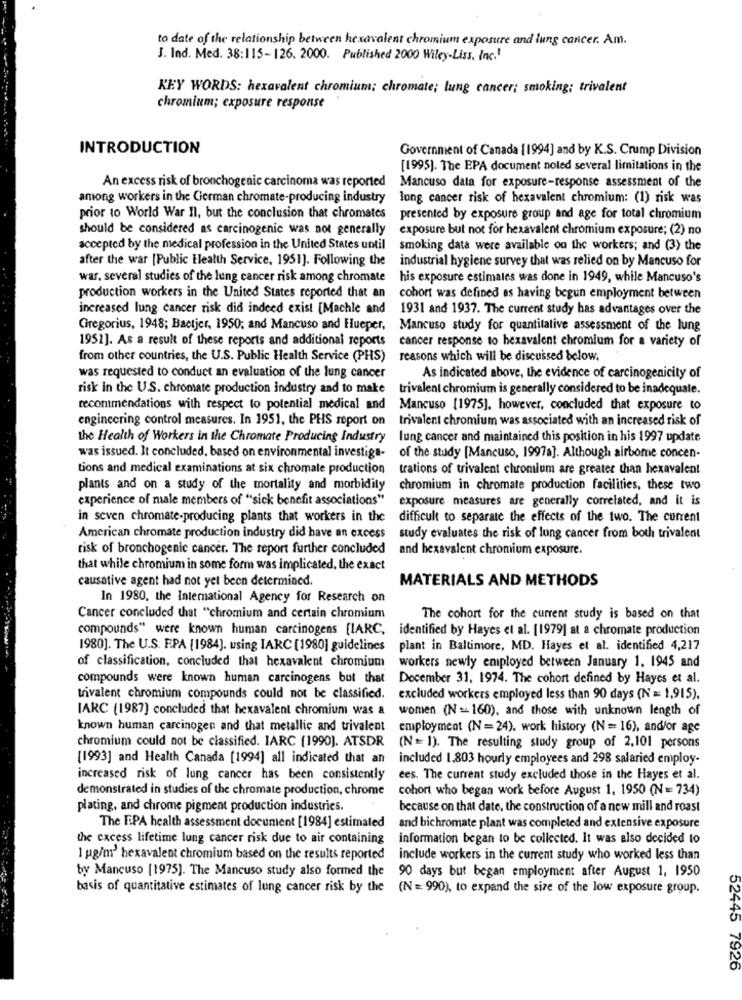
to date of the relationship between hexavalent chromium exposure and lung cancer. Am.
J. Ind. Med. 38:115-126. 2000. Published 2000 Wiley-Liss, Inc.'
KEY WORDS: hexavalent chromium; chromate; lung cancer; smoking; trivalent
chromium; exposure response
INTRODUCTION
Government of Canada (1994] and by K.S. Crump Division
[1995). The EPA document noled several limitations in the
An excess risk of bronchogenic carcinoma was reported
Mancuso data for exposure-response assessment of the
among workers in the German chromate-producing industry
lung cancer risk of hexavalent chromium: (1) risk was
prior to World War II, but the conclusion that chromates
presented by exposure group and age for total chromium
should be considered as carcinogenic was not generally
exposure but not for hexavalent chromium exposure; (2) no
accepted by the medical profession in the United States until
smoking data were available on the workers; and (3) the
after the war [Public Elealth Service, 1951]. Following the
industrial hygiene survey that was relied on by Mancuso for
war, several studies of the lung cancer risk among chromate
his exposure estimates was done in 1949, while Mancuso's
production workers in the United States reported that an
cohort was defined as having begun employment between
increased lung cancer risk did indeed exist [Machle and 1931 and 1937. The current study has advantages over the
Gregorius, 1948; Bactjer, 1950; and Mancuso and Hueper, Mancuso study for quantitative assessment of the lung
1951]. As a result of these reports and additional reports cancer response to hexavalent chromium for a variety of
from other countries, the U.S. Public Health Service (PHS)
reasons which will be discussed below.
was requested to conduct an evaluation of the lung cancer
As indicated above, the evidence of carcinogenicity of
risk in the U.S. chromate production industry and to make
trivalent chromium is generally considered to be inadequate.
recommendations with respect to potential medical and
Mancuso [1975), however, concluded that exposure to
engineering control measures. In 1951, the PHS report on
trivalent chromium was associated with an increased risk of
the Health of Workers in the Chromate Producing Industry
lung cancer and maintained this position in his 1997 update
was issued. It concluded, based on environmental investiga-
of the study [Mancuso, 1997a]. Although airborne concen-
tions and medical examinations at six chromate production
trations of trivalent chromium are greater than hexavalent
plants and on a study of the mortality and morbidity
chromium in chromate production facilities, these two
experience of male members of "sick benefit associations"
exposure measures are generally correlated, and it is
in seven chromate-producing plants that workers in the
difficult to separate the effects of the two. The current
American chromate production industry did have an excess
study evaluates the risk of lung cancer from both trivalent
risk of bronchogenic cancer. The report further concluded
and hexavalent chromium exposure.
that while chromium in some form was implicated, the exact
causative agent had not yet been determined.
MATERIALS AND METHODS
In 1980, the International Agency for Research on
Cancer concluded that "chromium and certain chromium
The cohort for the current study is based on that
compounds" were known human carcinogens [IARC,
identified by Hayes et al. [1979] at a chromate production
1980]. The U.S. FPA [1984]. using IARC [1980] guidelines
plant in Baltimore, MD. Hayes et al. identified 4,217
of classification, concluded that hexavalent chromium
workers newly employed between January 1. 1945 and
compounds were known human carcinogens but that
December 31, 1974. The cohort defined by Hayes et al.
trivalent chromium compounds could not be classified.
excluded workers employed less than 90 days (N = 1,915),
IARC (1987] concluded that hexavalent chromium was a
women (N =- 160), and those with unknown length of
known human carcinogen and that metallic and trivalent employment (N =24), work history (N = 16), and/or age
chromium could not be classified. IARC (1990). ATSDR
(N = 1). The resulting study group of 2,101 persons
[1993] and Health Canada [1994] all indicated that an
included 1,803 hourly employees and 298 salaried employ-
increased risk of lung cancer has been consistently
ees. The current study excluded those in the Hayes et al.
demonstrated in studies of the chromate production, chrome
cohort who began work before August 1, 1950 (N = 734)
plating, and chrome pigment production industries.
because on that date, the construction of a new mill and roast
The EPA health assessment document [1984] estimated
and bichromate plant was completed and extensive exposure
the excess lifetime lung cancer risk due to air containing
information began to be collected. It was also decided to
1 kg/m' hexavalent chromium based on the results reported
include workers in the current study who worked less than
by Mancuso [1975). The Mancuso study also formed the 90 days but began employment after August 1, 1950
basis of quantitative estimates of lung cancer risk by the (N = 990), to expand the size of the low exposure group.
52445 7926